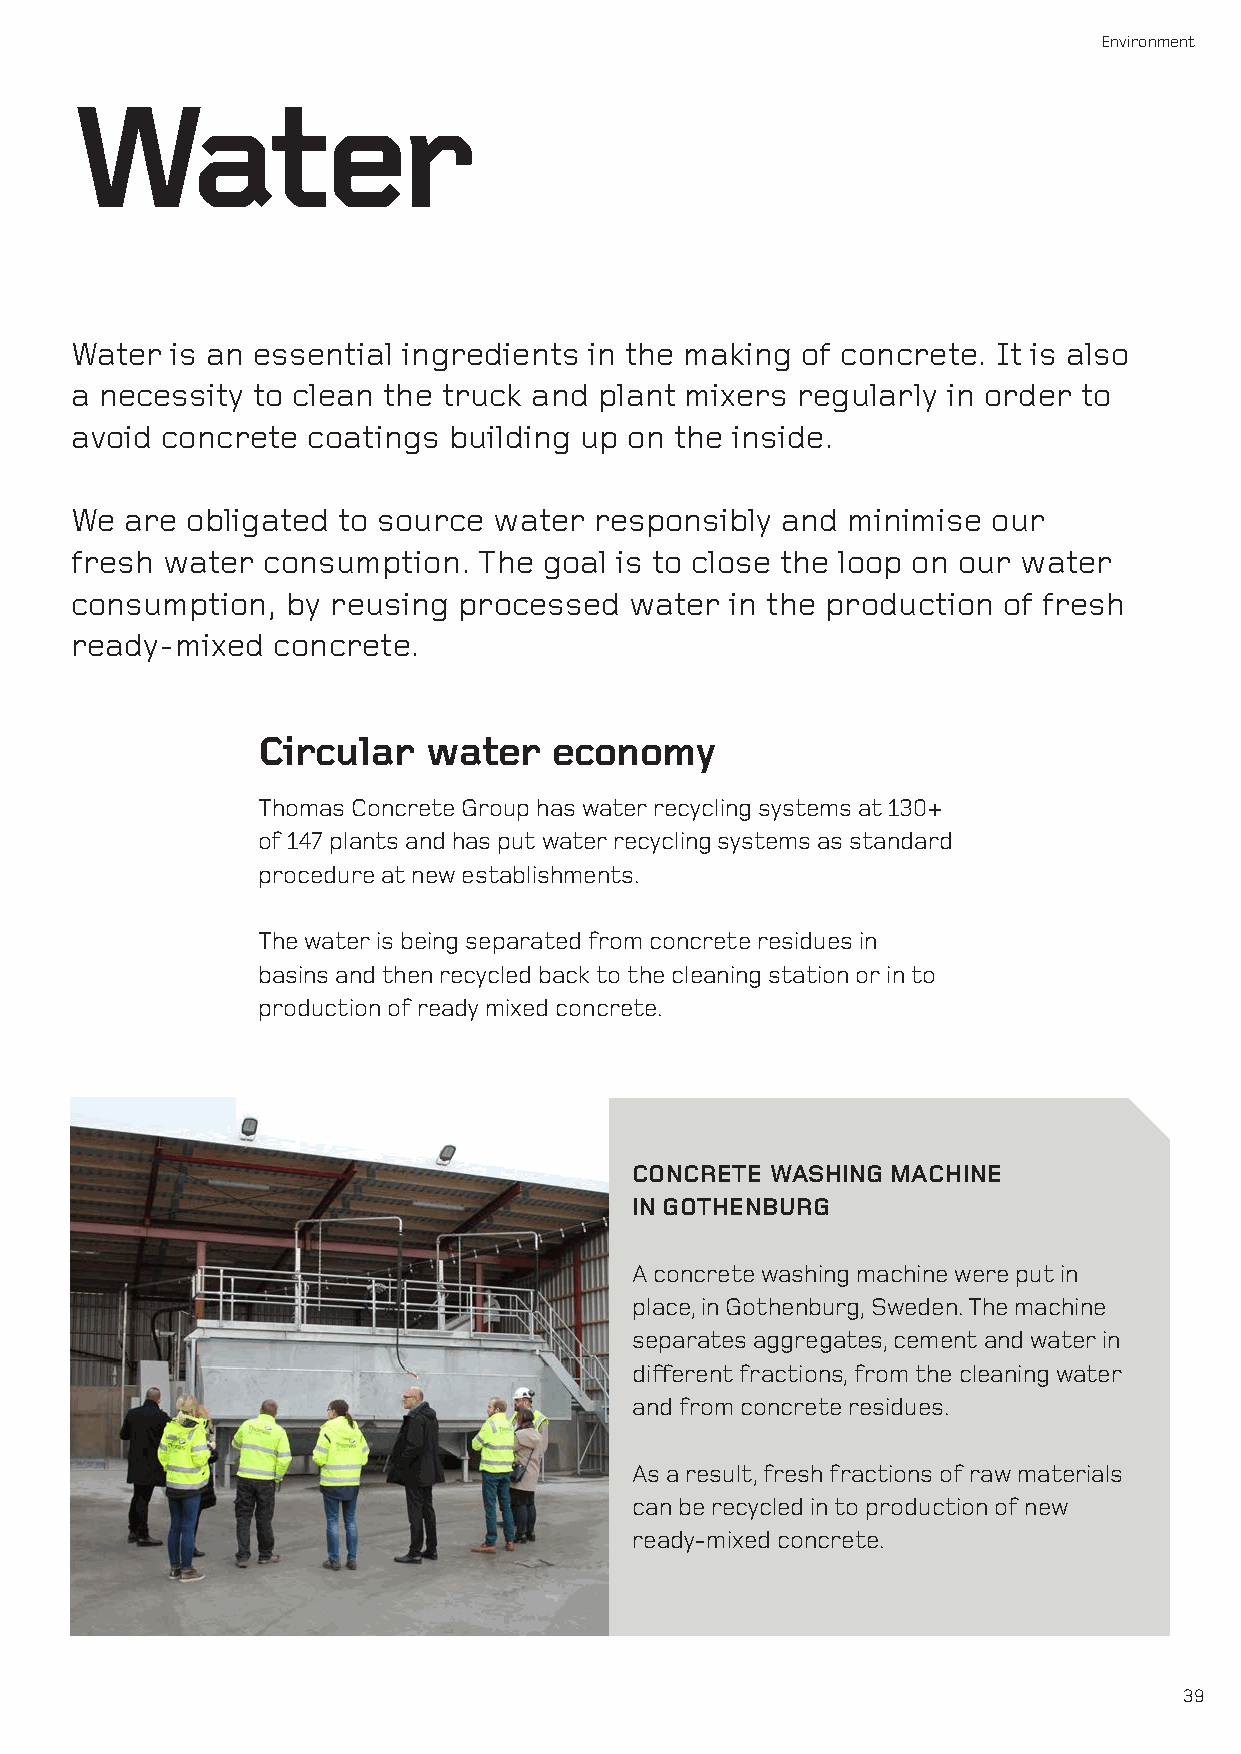
Environment
 Water
 Water is an essential ingredients in the making of concrete. It is also
 a necessity to clean the truck and plant mixers regularly in order to
 avoid concrete coatings  building up on the inside.
 We are obligated to source  water responsibly  and minimise  our
 fresh water consumption.   The goal is to close the loop on our water
 consumption,  by reusing processed   water in the production of fresh
 ready-mixed  concrete.
 Circular   water   economy
 Thomas Concrete Group has water recycling systems at 130+
 of 147 plants and has put water recycling systems as standard
 procedure at new establishments.
 The water is being separated from concrete residues in
 basins and then recycled back to the cleaning station or in to
 production of ready mixed concrete.
 CONCRETE WASHING MACHINE
 IN GOTHENBURG
 A concrete washing machine were put in
 place, in Gothenburg, Sweden. The machine
 separates aggregates, cement and water in
 different fractions, from the cleaning water
 and from concrete residues.
 As a result, fresh fractions of raw materials
 can be recycled in to production of new
 ready-mixed concrete.
 39